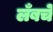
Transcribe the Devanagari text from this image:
लँबचे